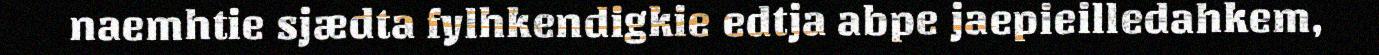
naemhtie sjædta fylhkendigkie edtja abpe jaepieilledahkem,